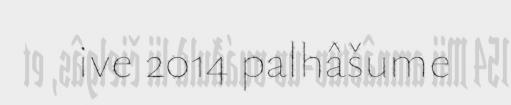
ive 2014 palhâšume